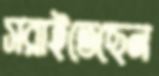
সরাইতেছেন